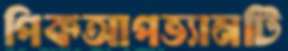
পিকআপভ্যানটি